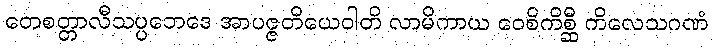
တေစတ္တာလီသပ္ပဘေဒေ အာပဇ္ဇတိယေဝါတိ လာမိကာယ ဝေစိကိစ္ဆီ ကိလေသဂဏံ